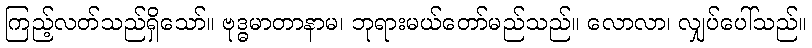
ကြည့်လတ်သည်ရှိသော်။ ဗုဒ္ဓမာတာနာမ၊ ဘုရားမယ်တော်မည်သည်။ လောလာ၊ လျှပ်ပေါ်သည်။